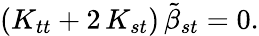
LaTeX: \left(K_{tt}+2\, K_{st}\right)\, {\tilde{\beta}}_{st}=0.